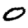
Digit: 0